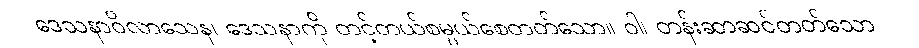
ဒေသနာဝိလာသေန၊ ဒေသနာကို တင့်တယ်စမ္ပယ်စေတတ်သော။ ဝါ၊ တန်းဆာဆင်တတ်သော